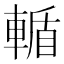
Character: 輴